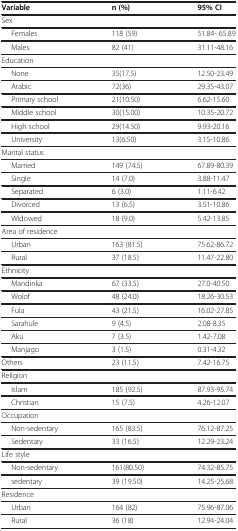
<table><thead><tr><td><b>Variable</b></td><td><b>n (%)</b></td><td><b>95% CI</b></td></tr></thead><tbody><tr><td>Sex</td><td> </td><td> </td></tr><tr><td>Females</td><td>118 (59)</td><td>51.84- 65.89</td></tr><tr><td>Males</td><td>82 (41)</td><td>31.11-48.16</td></tr><tr><td>Education</td><td> </td><td> </td></tr><tr><td>None</td><td>35(17.5)</td><td>12.50-23.49</td></tr><tr><td>Arabic</td><td>72(36)</td><td>29.35-43.07</td></tr><tr><td>Primary school</td><td>21(10.50)</td><td>6.62-15.60</td></tr><tr><td>Middle school</td><td>30(15.00)</td><td>10.35-20.72</td></tr><tr><td>High school</td><td>29(14.50)</td><td>9.93-20.16</td></tr><tr><td>University</td><td>13(6.50)</td><td>3.15-10.86</td></tr><tr><td>Marital status</td><td> </td><td> </td></tr><tr><td>Married</td><td>149 (74.5)</td><td>67.89-80.39</td></tr><tr><td>Single</td><td>14 (7.0)</td><td>3.88-11.47</td></tr><tr><td>Separated</td><td>6 (3.0)</td><td>1.11-6.42</td></tr><tr><td>Divorced</td><td>13 (6.5)</td><td>3.51-10.86</td></tr><tr><td>Widowed</td><td>18 (9.0)</td><td>5.42-13.85</td></tr><tr><td>Area of residence</td><td> </td><td> </td></tr><tr><td>Urban</td><td>163 (81.5)</td><td>75.62-86.72</td></tr><tr><td>Rural</td><td>37 (18.5)</td><td>11.47-22.80</td></tr><tr><td>Ethnicity</td><td> </td><td> </td></tr><tr><td>Mandinka</td><td>67 (33.5)</td><td>27.0-40.50</td></tr><tr><td>Wolof</td><td>48 (24.0)</td><td>18.26-30.53</td></tr><tr><td>Fula</td><td>43 (21.5)</td><td>16.02-27.85</td></tr><tr><td>Sarahule</td><td>9 (4.5)</td><td>2.08-8.35</td></tr><tr><td>Aku</td><td>7 (3.5)</td><td>1.42-7.08</td></tr><tr><td>Manjago</td><td>3 (1.5)</td><td>0.31-4.32</td></tr><tr><td>Others</td><td>23 (11.5)</td><td>7.42-16.75</td></tr><tr><td>Religion</td><td> </td><td> </td></tr><tr><td>Islam</td><td>185 (92.5)</td><td>87.93-95.74</td></tr><tr><td>Christian</td><td>15 (7.5)</td><td>4.26-12.07</td></tr><tr><td>Occupation</td><td> </td><td> </td></tr><tr><td>Non-sedentary</td><td>165 (83.5)</td><td>76.12-87.25</td></tr><tr><td>Sedentary</td><td>33 (16.5)</td><td>12.29-23.24</td></tr><tr><td>Life style</td><td> </td><td> </td></tr><tr><td>Non-sedentary</td><td>161(80.50)</td><td>74.32-85.75</td></tr><tr><td>sedentary</td><td>39 (19.50)</td><td>14.25-25.68</td></tr><tr><td>Residence</td><td> </td><td> </td></tr><tr><td>Urban</td><td>164 (82)</td><td>75.96-87.06</td></tr><tr><td>Rural</td><td>36 (18)</td><td>12.94-24.04</td></tr></tbody></table>